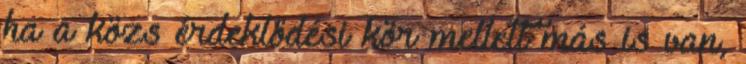
ha a közs érdeklődési kör mellett más is van,